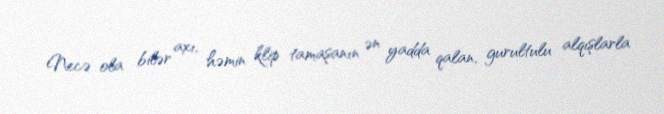
Necə ola bilər axı, həmin klip tamaşanın ən yadda qalan, gurultulu alqışlarla